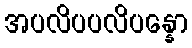
အပလိပပလိပန္နော